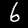
Digit: 6